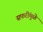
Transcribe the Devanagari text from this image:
सफरींमुळे